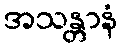
အသန္တာနံ